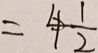
= 4 \frac { 1 } { 2 }